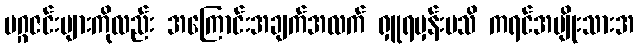
မဂ္ဂဇင်းများကိုလည်း အကြောင်းအချက်အလက် ရှူရမှန်းမသိ ကရင်အမျိုးသားအ